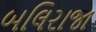
બલિરાજા